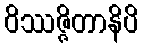
ဝိဿဇ္ဇိတာနိပိ